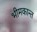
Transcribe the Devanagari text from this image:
भीमकान्त